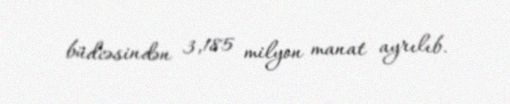
büdcəsindən 3,185 milyon manat ayrılıb.